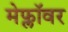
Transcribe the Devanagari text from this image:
मेफ्लॉवर